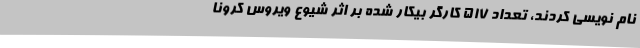
نام نویسی کردند، تعداد 517 کارگر بیکار شده بر اثر شیوع ویروس کرونا